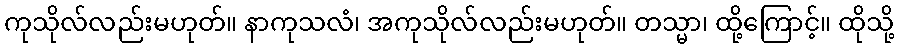
ကုသိုလ်လည်းမဟုတ်။ နာကုသလံ၊ အကုသိုလ်လည်းမဟုတ်။ တသ္မာ၊ ထို့ကြောင့်။ ထိုသို့